Senior Leaving Certificate, 1939
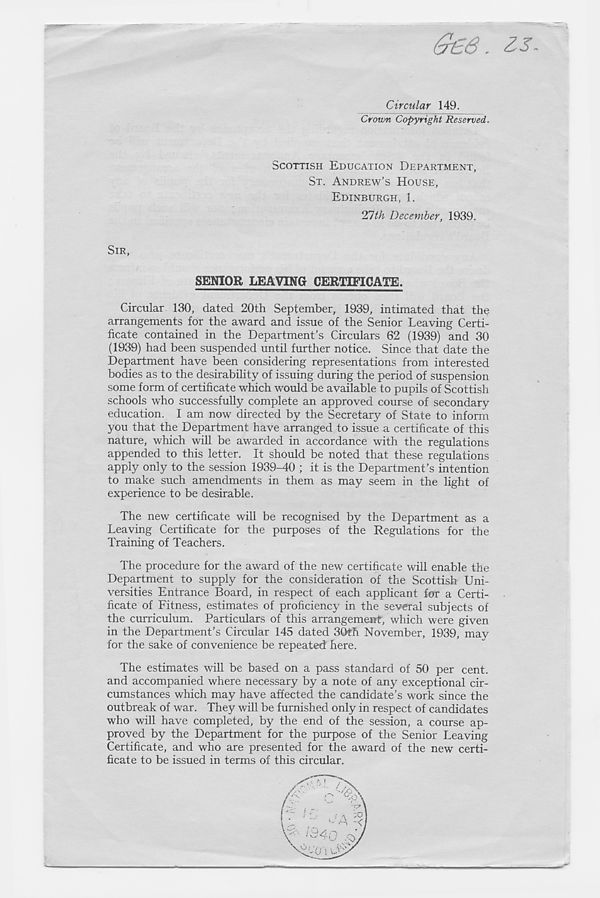
dee. is.
SIR,
Circular 149.
Crown Copyright Reserved.
SCOTTISH EDUCATION DEPARTMENT,
ST. ANDREW’S HOUSE,
EDINBURGH, 1.
21th December, 1939.
SENIOR LEAVING CERTIFICATE.
Circular 130, dated 20th September, 1939, intimated that the
arrangements for the award and issue of the Senior Leaving Certi-
ficate contained in the Department’s Circulars 62 (1939) and 30
(1939) had been suspended until further notice. Since that date the
Department have been considering representations from interested
bodies as to the desirability of issuing during the period of suspension
some form of certificate which would be available to pupils of Scottish
schools who successfully complete an approved course of secondary
education. I am now directed by the Secretary of State to inform
you that the Department have arranged to issue a certificate of this
nature, which will be awarded in accordance with the regulations
appended to this letter. It should be noted that these regulations
apply only to the session 1939-40 ; it is the Department’s intention
to make such amendments in them as may seem in the light of
experience to be desirable.
The new certificate will be recognised by the Department as a
Leaving Certificate for the purposes of the Regulations for the
Training of Teachers.
The procedure for the award of the new certificate will enable the
Department to supply for the consideration of the Scottish Uni-
versities Entrance Board, in respect of each applicant for a Certi-
ficate of Fitness, estimates of proficiency in the several subjects of
the curriculum. Particulars of this arrangement, which were given
in the Department’s Circular 145 dated 30th November, 1939, may
for the sake of convenience be repeated here.
The estimates will be based on a pass standard of 50 per cent,
and accompanied where necessary by a note of any exceptional cir-
cumstances which may have affected the candidate’s work since the
outbreak of war. They will be furnished only in respect of candidates
who will have completed, by the end of the session, a course ap-
proved by the Department for the purpose of the Senior Leaving
Certificate, and who are presented for the award of the new certi-
ficate to be issued in terms of this circular.